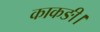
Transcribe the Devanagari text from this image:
काकङी।